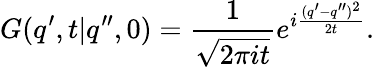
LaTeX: G(q^{\prime},t|q^{\prime\prime},0)={\frac{1}{\sqrt{2\pi it}}}e^{i{\frac{(q^{\prime}-q^{\prime\prime})^{2}}{2t}}}.